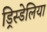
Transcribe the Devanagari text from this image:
ड्रिस्डेलिया